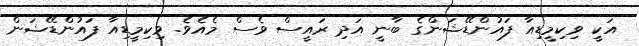
އަކީ ވިކިމީޑިއާ ފައުންޑޭޝަންގެ ބާނީ އަދި ރައީސް ވެސް މެއެވެ. ވިކިމީޑިއާ ފައުންޑޭޝަން